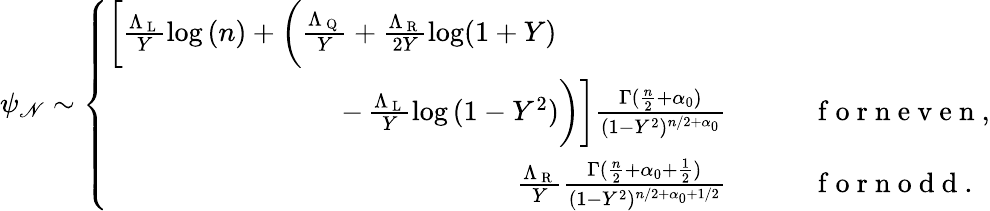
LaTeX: \psi_{\mathscr{N}}\sim\left\{ \begin{array}{rl}{\bigg[\frac{\Lambda_{\mathrm{~L~}}}{Y}\log{(n)}+\bigg(\frac{\Lambda_{\mathrm{~Q~}}}{Y}+\frac{\Lambda_{\mathrm{~R~}}}{2Y}\log(1+Y)\qquad\qquad\qquad}&{{}}\\ {-\, \frac{\Lambda_{\mathrm{~L~}}}{Y}\log{(1-Y^{2})}\bigg)\bigg]\frac{\Gamma(\frac{n}{2}+\alpha_{0})}{(1-Y^{2})^{n/2+\alpha_{0}}}}&{{}\qquad\mathrm{~f~o~r~n~e~v~e~n~},}\\ {\frac{\Lambda_{\mathrm{~R~}}}{Y}\frac{\Gamma(\frac{n}{2}+{\alpha_{0}+\frac{1}{2}})}{(1-Y^{2})^{n/2+{\alpha_{0}+1/2}}}}&{{}\qquad\mathrm{~f~o~r~n~o~d~d~}.}\end{array}\right.